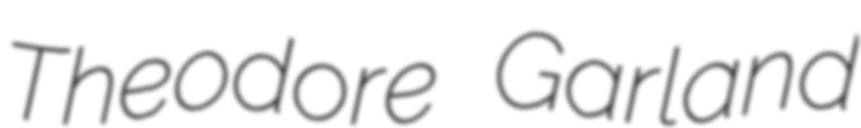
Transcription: Theodore Garland